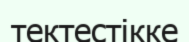
тектестікке